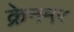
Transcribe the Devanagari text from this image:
क्रेनमर